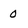
Character: 0